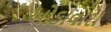
ઓડાવારા